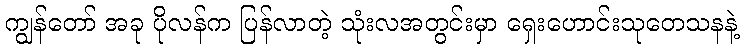
ကျွန်တော် အခု ပိုလန်က ပြန်လာတဲ့ သုံးလအတွင်းမှာ ရှေးဟောင်းသုတေသနနဲ့